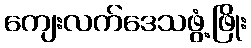
ကျေးလက်ဒေသဖွံ့ဖြိုး